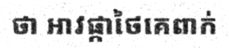
ថា អាវផ្កាថៃគេពាក់